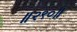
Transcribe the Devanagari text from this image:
॥२९०॥